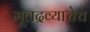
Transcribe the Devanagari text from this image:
मूलद्रव्याचेच